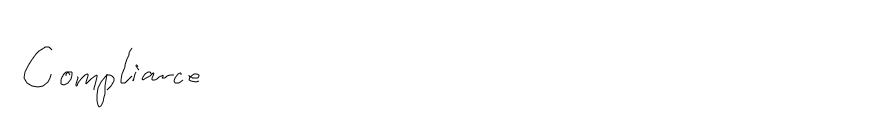
Compliance